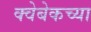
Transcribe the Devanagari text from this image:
क्वेबेकच्या